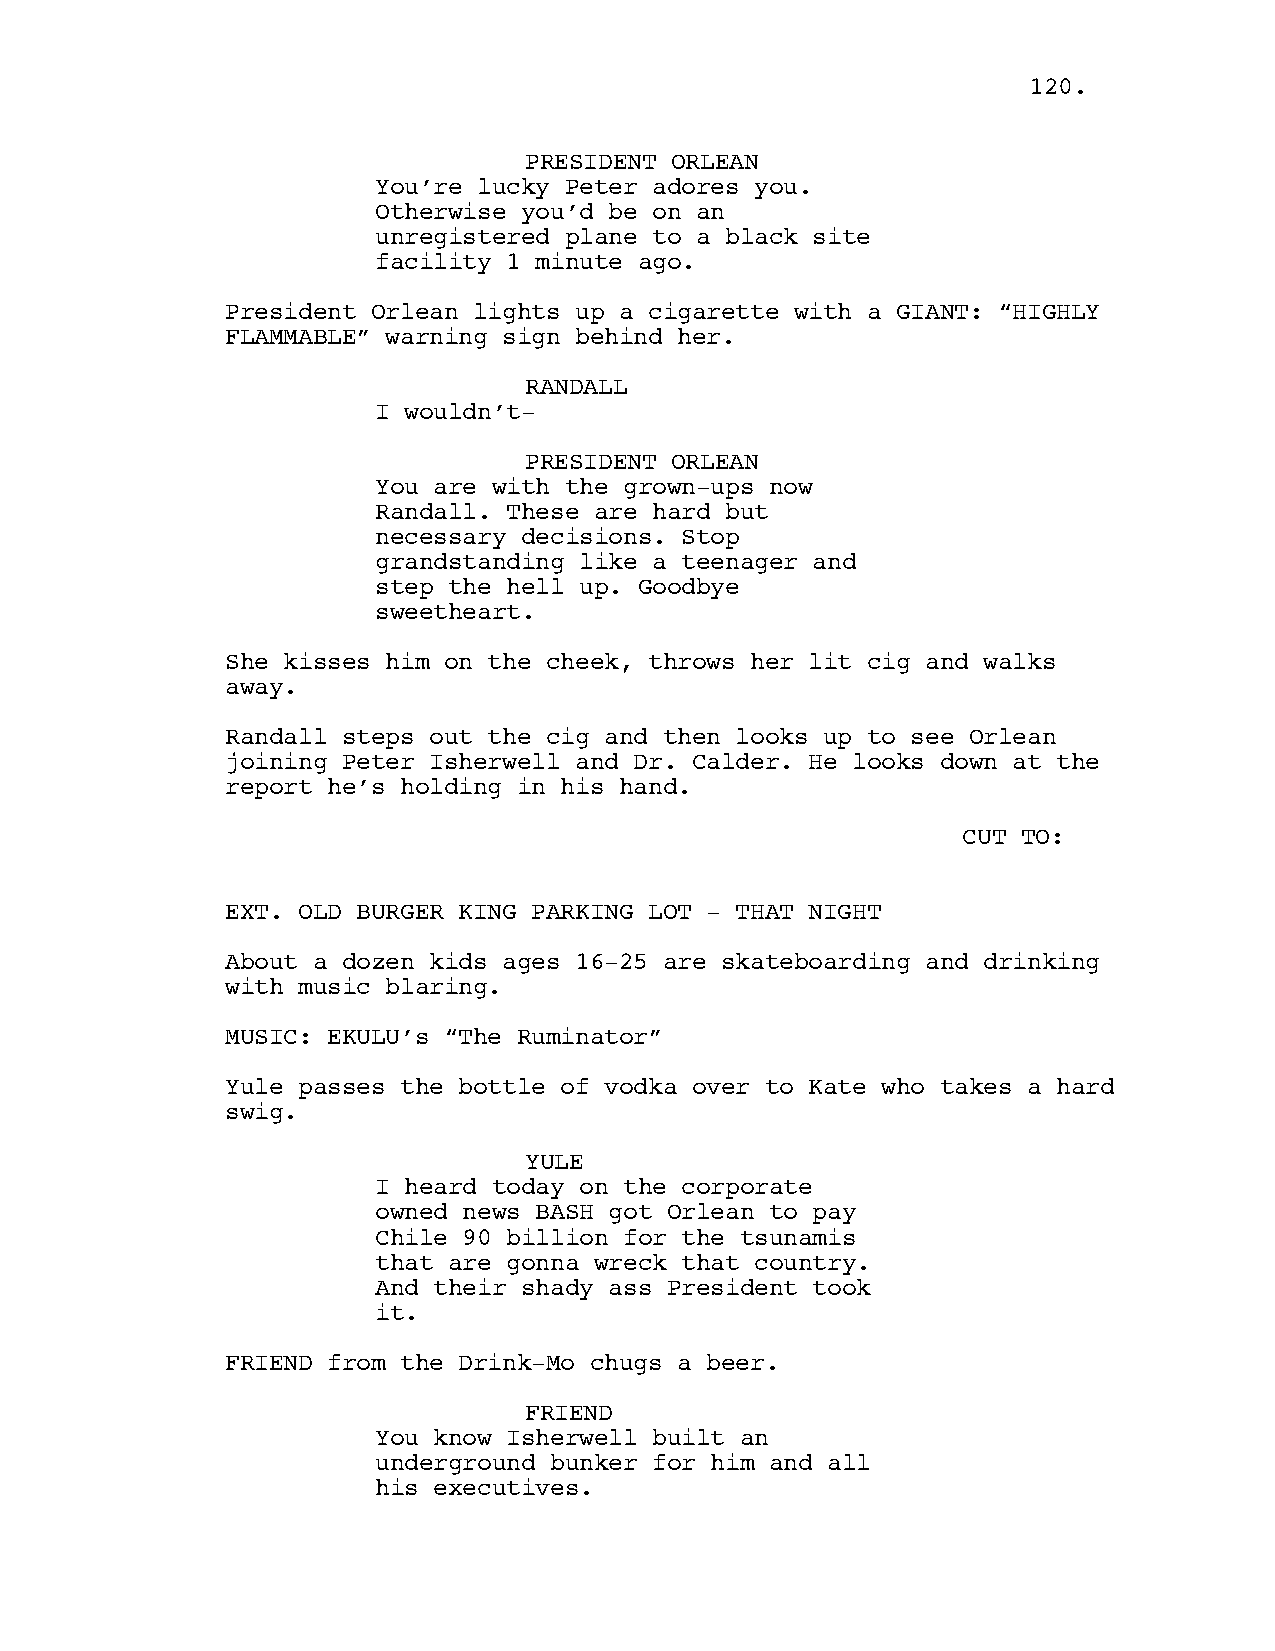
112200..
 PRESIDENT ORLEAN
 You’re lucky Peter adores you.
 Otherwise you’d be on an
 unregistered plane to a black site
 facility 1 minute ago.
 President Orlean lights up a cigarette with a GIANT: “HIGHLY
 FLAMMABLE” warning sign behind her.
 RANDALL
 I wouldn’t-
 PRESIDENT ORLEAN
 You are with the grown-ups now
 Randall. These are hard but
 necessary decisions. Stop
 grandstanding like a teenager and
 step the hell up. Goodbye
 sweetheart.
 She kisses him on the cheek, throws her lit cig and walks
 away.
 Randall steps out the cig and then looks up to see Orlean
 joining Peter Isherwell and Dr. Calder. He looks down at the
 report he’s holding in his hand.
 CUT TO:
 EXT. OLD BURGER KING PARKING LOT - THAT NIGHT
 About a dozen kids ages 16-25 are skateboarding and drinking
 with music blaring.
 MUSIC: EKULU’s “The Ruminator”
 Yule passes the bottle of vodka over to Kate who takes a hard
 swig.
 YULE
 I heard today on the corporate
 owned news BASH got Orlean to pay
 Chile 90 billion for the tsunamis
 that are gonna wreck that country.
 And their shady ass President took
 it.
 FRIEND from the Drink-Mo chugs a beer.
 FRIEND
 You know Isherwell built an
 underground bunker for him and all
 his executives.